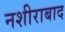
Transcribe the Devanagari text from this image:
नशीराबाद